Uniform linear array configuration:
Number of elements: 4
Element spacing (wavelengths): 0.75
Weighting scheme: kaiser
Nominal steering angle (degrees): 45
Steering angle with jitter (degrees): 44.053
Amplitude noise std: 0.05
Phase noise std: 0.05

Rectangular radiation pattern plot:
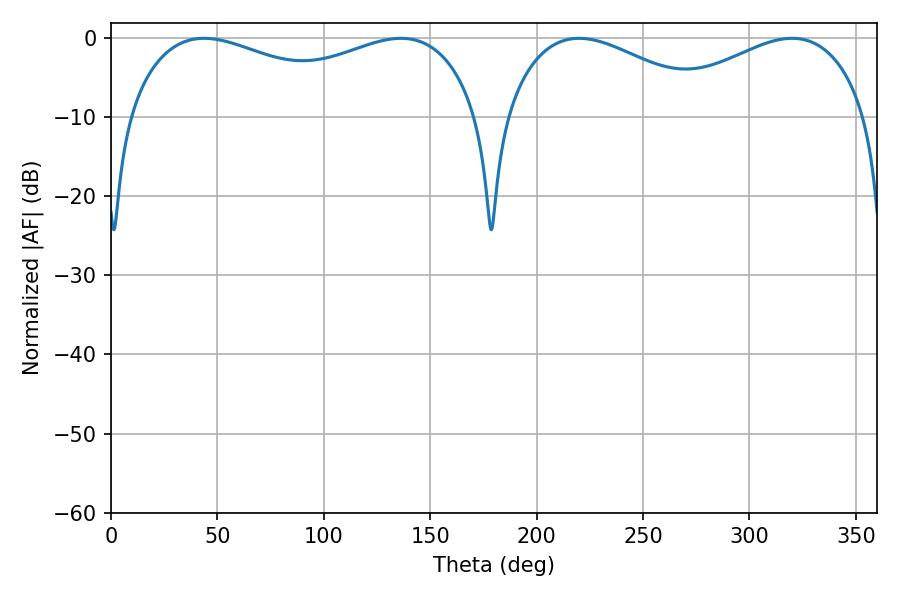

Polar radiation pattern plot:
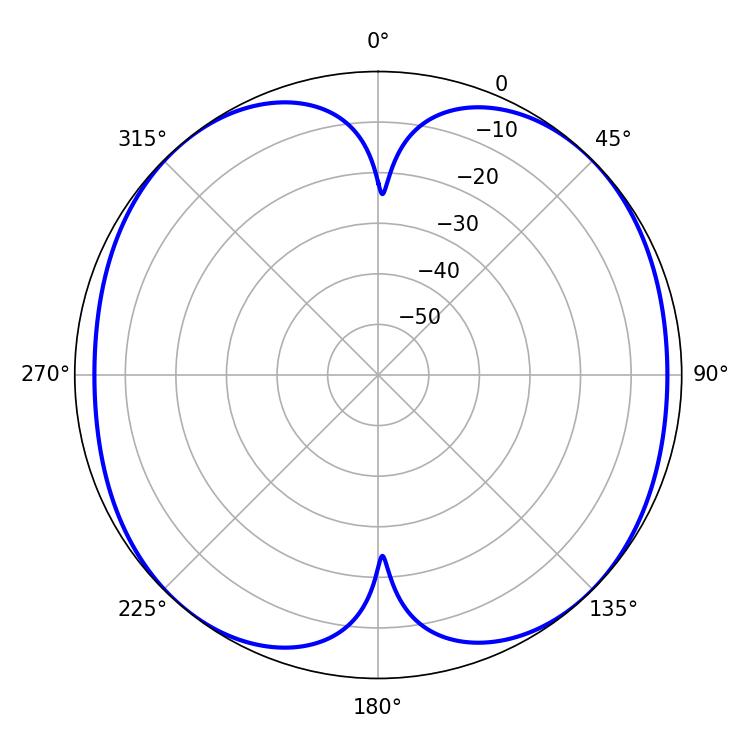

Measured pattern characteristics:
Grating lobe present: TRUE
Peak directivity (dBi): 12.804
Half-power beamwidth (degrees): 136.08
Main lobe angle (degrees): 43.74